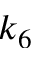
k _ { 6 }